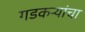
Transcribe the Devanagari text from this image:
गडकऱ्यांचा